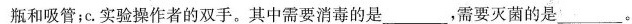
瓶和吸管；c.实验操作者的双手。其中需要消毒的是___，需要灭菌的是___。